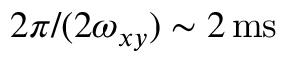
2 \pi / ( 2 \omega _ { x y } ) \sim 2 \, \mathrm { m s }